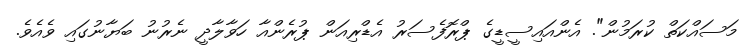
މަސައްކަތް ކުރަމުން". އެންއައިސީޑީގެ ޕްރޮފެސަރު އެޑްރިއަން ޕުރެންއާ ހަވާލާދީ ނެރުނު ބަޔާނުގައި ވެއެވެ.